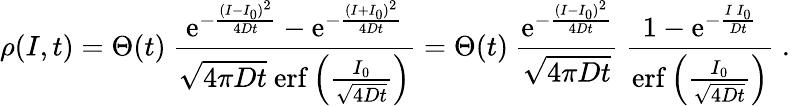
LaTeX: \rho(I,t)=\Theta(t)\ \frac{\mathrm{e}^{-\frac{(I-I_{0})^{2}}{4Dt}}-\mathrm{e}^{-\frac{(I+I_{0})^{2}}{4Dt}}}{\sqrt{4\pi Dt}\ \mathrm{erf}\left(\frac{I_{0}}{\sqrt{4Dt}}\right)}=\Theta(t)\ \frac{\mathrm{e}^{-\frac{(I-I_{0})^{2}}{4Dt}}}{\sqrt{4\pi Dt}}\ \frac{1-\mathrm{e}^{-\frac{I\, I_{0}}{Dt}}}{\mathrm{erf}\left(\frac{I_{0}}{\sqrt{4Dt}}\right)}\; .